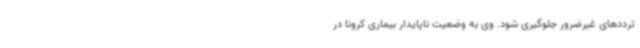
ترددهای غیرضرور جلوگیری شود. وی به وضعیت ناپایدار بیماری کرونا در